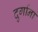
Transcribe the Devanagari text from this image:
दुर्गाना